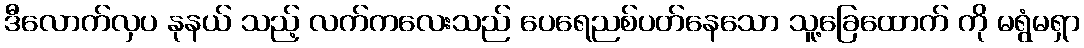
ဒီလောက်လှပ နုနယ် သည့် လက်ကလေးသည် ပေရေညစ်ပတ်နေသော သူ့ခြေထောက် ကို မရွံမရှာ